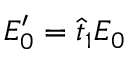
E _ { 0 } ^ { \prime } = \hat { t } _ { 1 } E _ { 0 }